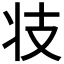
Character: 𭣖